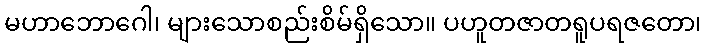
မဟာဘောဂေါ၊ များသောစည်းစိမ်ရှိသော။ ပဟူတဇာတရူပရဇတော၊